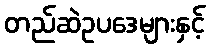
တည်ဆဲဥပဒေများနှင့်